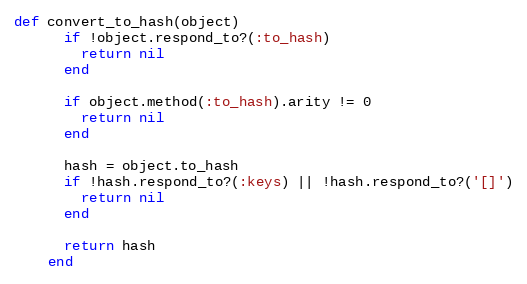
Language: Ruby
def convert_to_hash(object)
      if !object.respond_to?(:to_hash)
        return nil
      end

      if object.method(:to_hash).arity != 0
        return nil
      end

      hash = object.to_hash
      if !hash.respond_to?(:keys) || !hash.respond_to?('[]')
        return nil
      end

      return hash
    end